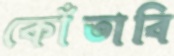
কোঁতাবি